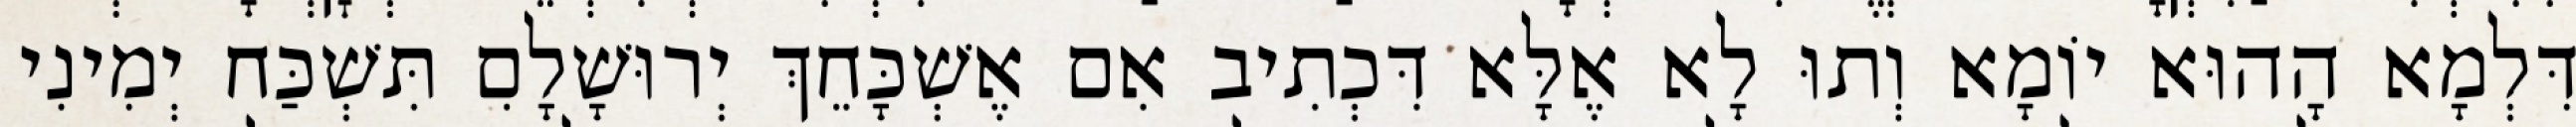
דִּלְמָא הָהוּא יוֹמָא וְתוּ לָא אֶלָּא דִּכְתִיב אִם אֶשְׁכָּחֵךְ יְרוּשָׁלִָם תִּשְׁכַּח יְמִינִי